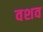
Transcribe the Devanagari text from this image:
वशव